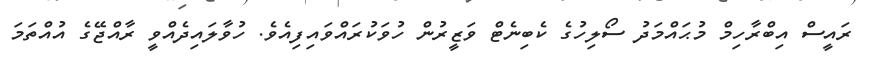
ރައީސް އިބްރާހިމް މުޙައްމަދު ސޯލިހުގެ ކެބިނެޓް ވަޒީރުން ހުވަކުރައްވައިފިއެވެ. ހުވާލައިދެއްވީ ރާއްޖޭގެ އުއްތަމަ